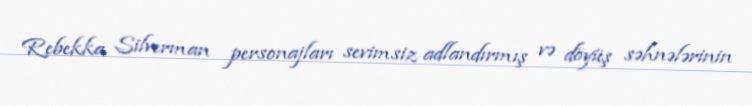
Rebekka Silverman personajları sevimsiz adlandırmış və döyüş səhnələrinin